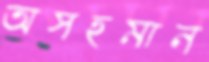
অসহমান